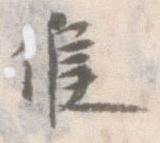
候